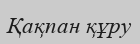
Қақпан құру